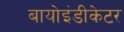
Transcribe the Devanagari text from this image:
बायोइंडीकेटर